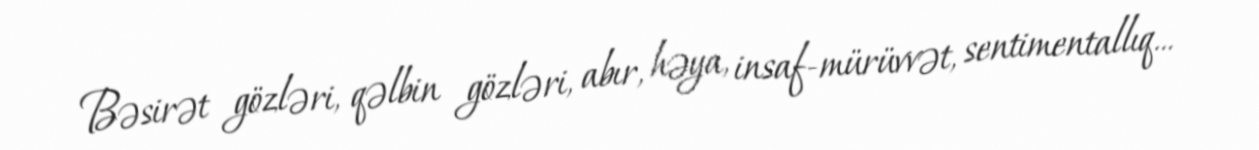
Bəsirət gözləri, qəlbin gözləri, abır, həya, insaf-mürüvvət, sentimentallıq...